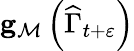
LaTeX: \mathbf{g}_{\mathcal{M}}\left(\widehat{\Gamma}_{t+\varepsilon}\right)